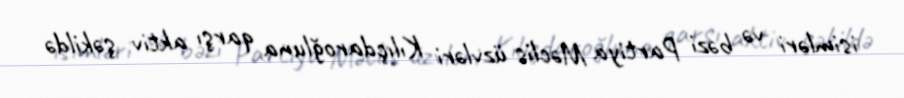
isimləri və bəzi Partiya Məclis üzvləri Kılıçdaroğluna qarşı aktiv şəkildə